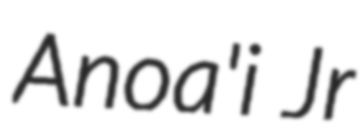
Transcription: Anoa'i Jr